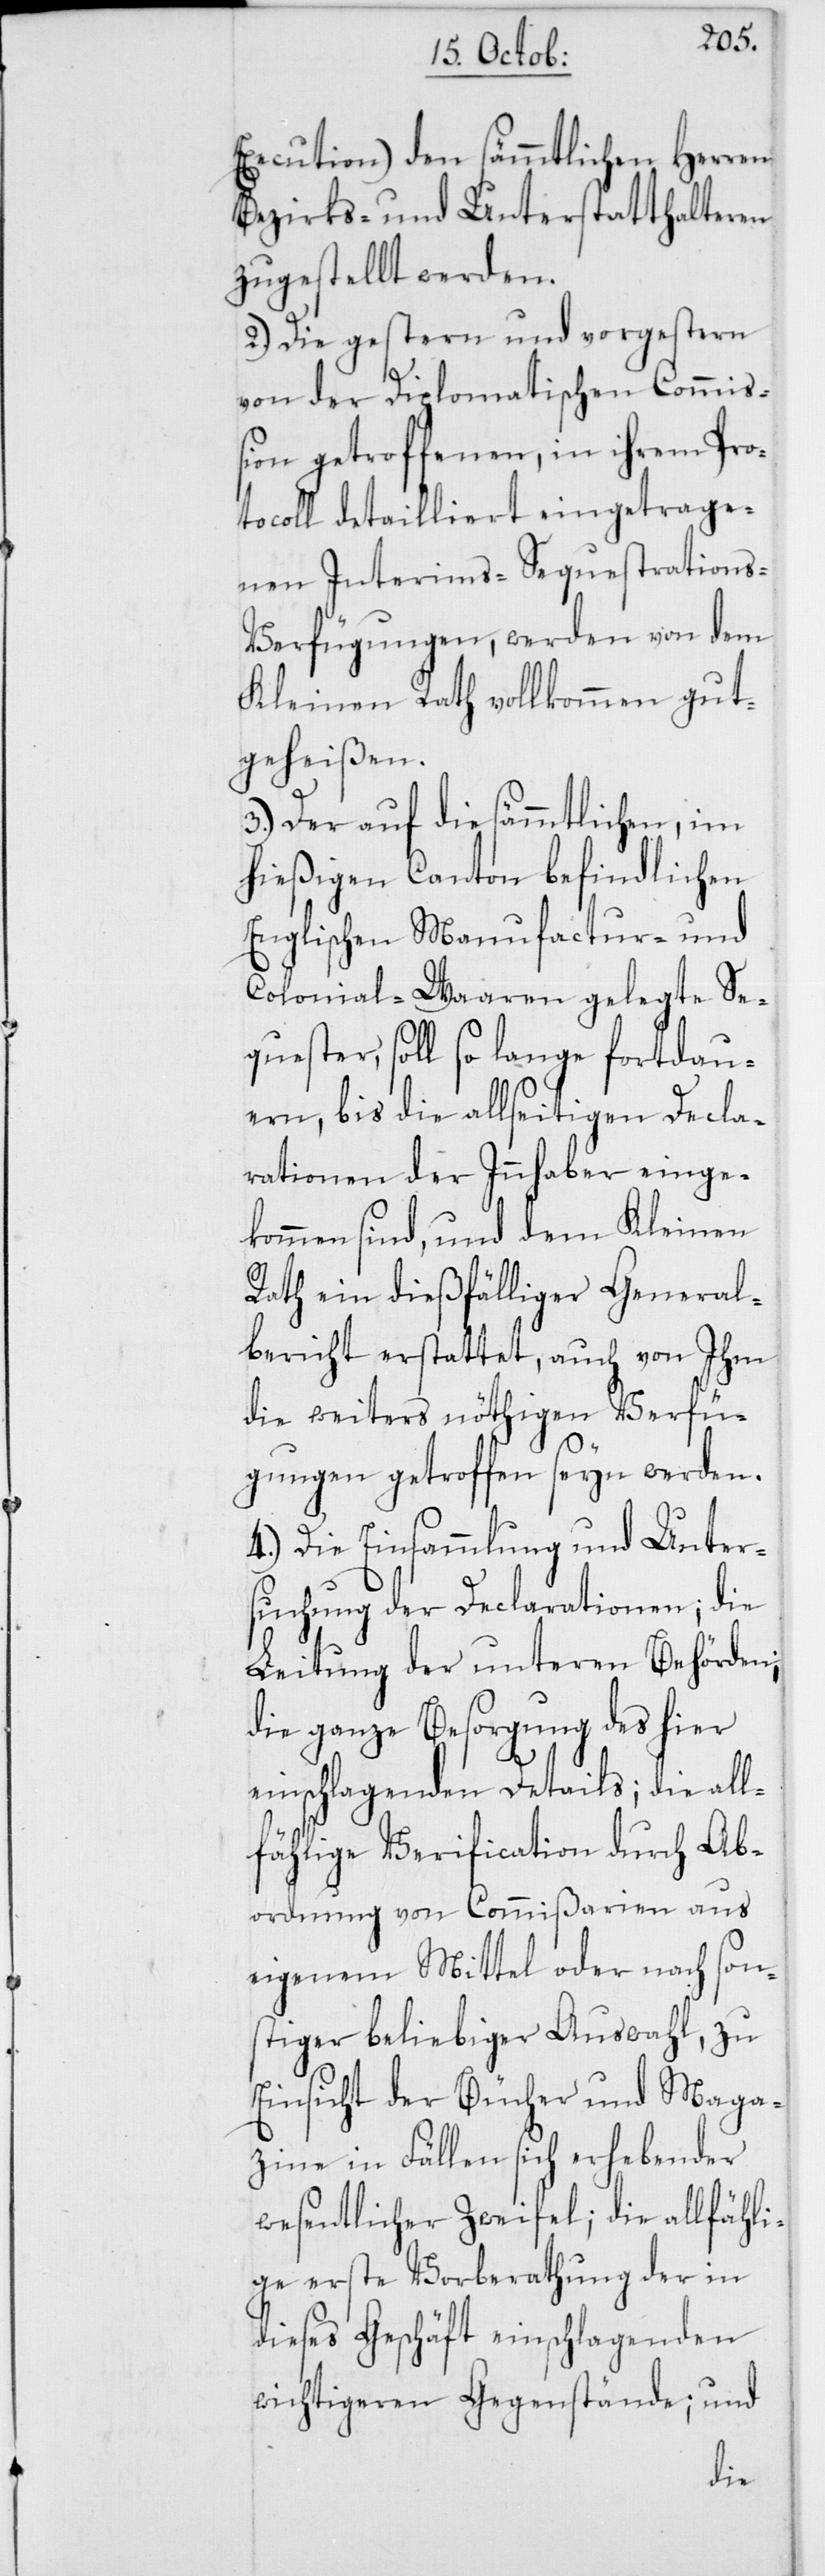
Execution) den sämmtlichen Herren
Bezirks- und Unterstatthalteren
zugestellt werden.
2. Die gestern und vorgestern
von der Diplomatischen Commiß¬
ion getroffenen, in ihrem Pro¬
tocoll detailliert eingetrage¬
nen Interims-Sequestration¬
s-Verfügungen, werden von dem
Kleinen Rath vollkommen gut¬
geheißen.
3. Der auf die sämmtlichen, im
hießigen Canton befindlichen
Englischen Manufactur- und
Colonial-Waaren gelegte Se¬
quester, soll so lange fortdau¬
ern, bis die allseitigen Decla¬
rationen der Innhaber einge¬
kommen sind, und dem Kleinen
Rath ein dießfälliger General¬
bericht erstattet, auch von Ihm
die weiters nöthigen Verfü¬
gungen getroffen seyn werden.
4. Die Einsammlung und Unter¬
suchung der Declarationen; die
Leitung der unteren Behörden;
die ganze Besorgung des hier
einschlagenden Details; die all¬
fählige Verification durch Ab¬
ordnung von Commißarien aus
eigenem Mittel oder nach son¬
stiger beliebiger Auswahl, zu
Einsicht der Bücher und Maga¬
zine in Fällen sich erhebender
wesentlicher Zweifel; die allfähli¬
ge erste Vorberathung der in
dieses Geschäft einschlagenden
wichtigeren Gegenstände; und